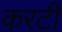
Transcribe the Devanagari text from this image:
करटी